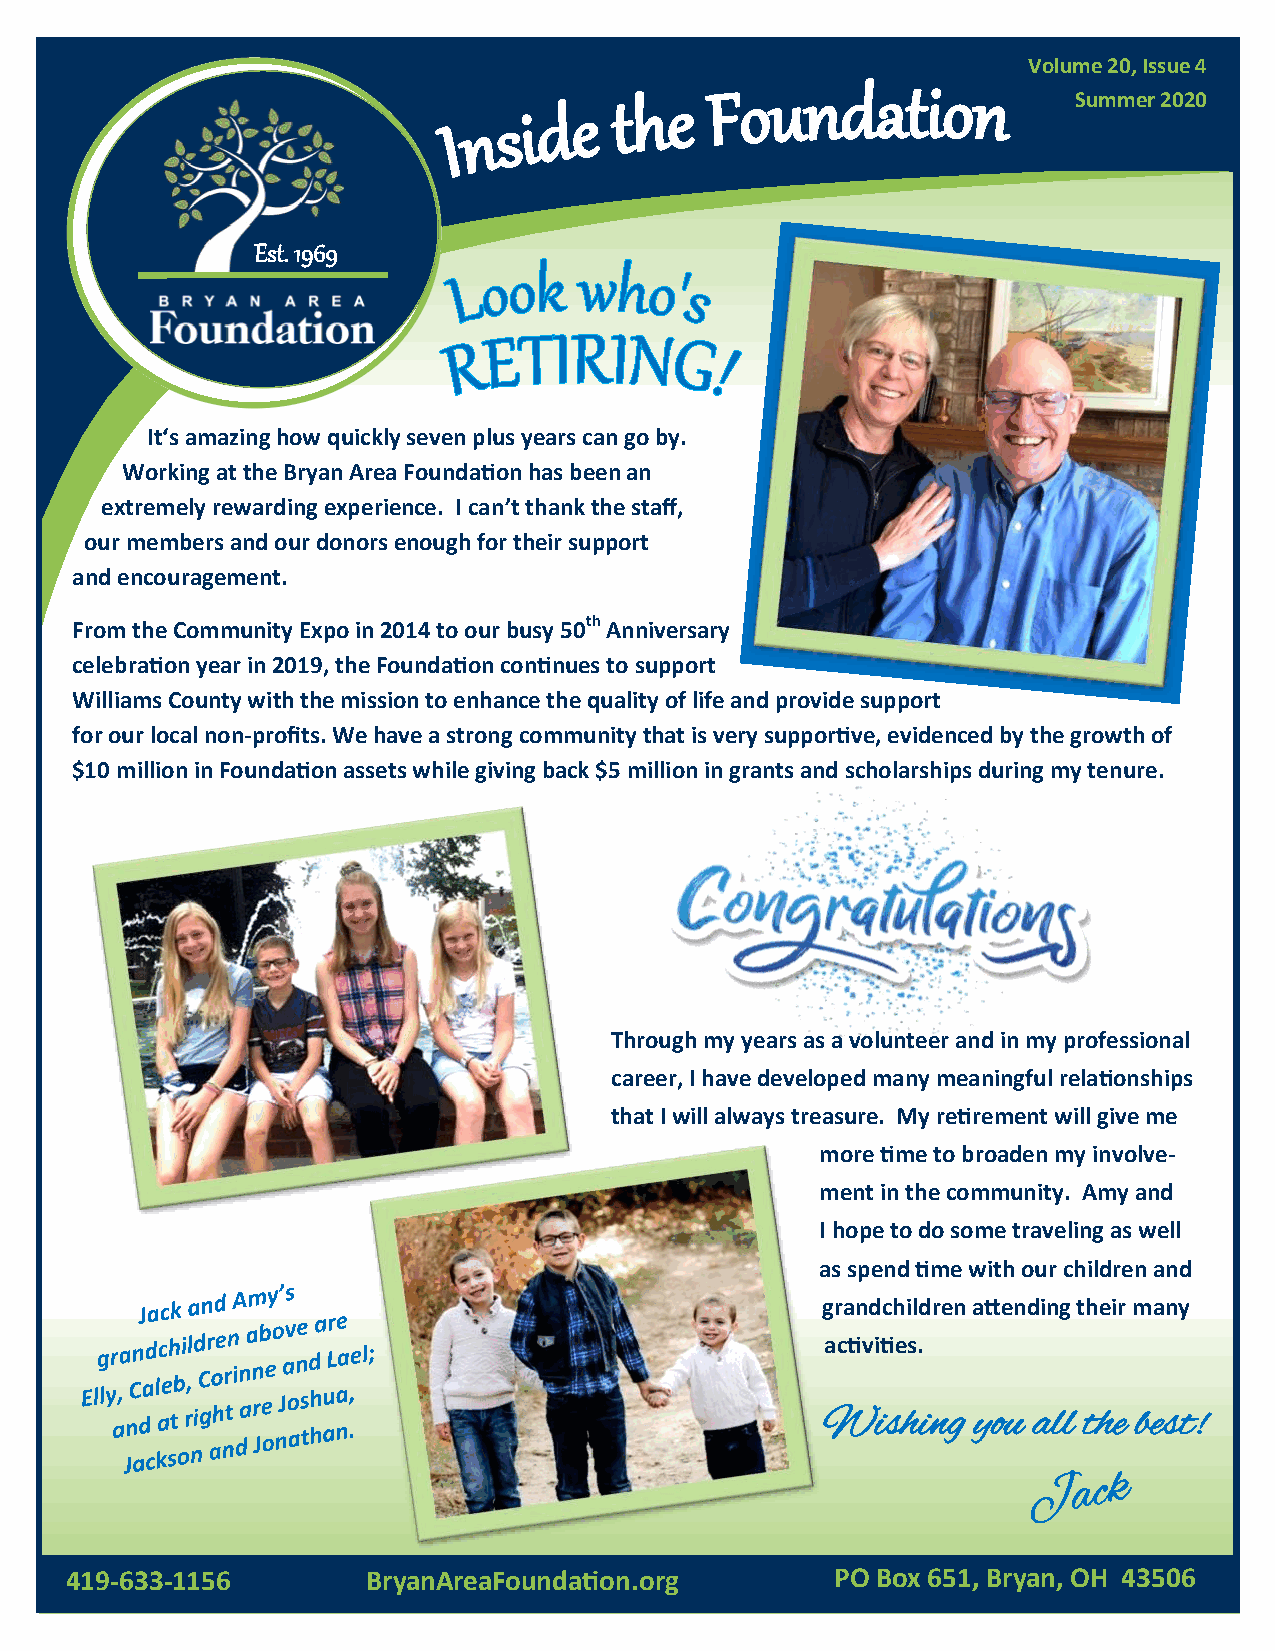
Volume 20, Issue 4
 Summer 2020
 Est. 1969
 It‘s amazing how quickly seven plus years can go by.
 Working at the Bryan Area Foundation has been an
 extremely rewarding experience. I can’t thank the staff,
 our members and our donors enough for their support
 and encouragement.
 From the Community Expo in 2014 to our busy 50th Anniversary
 celebration year in 2019, the Foundation continues to support
 Williams County with the mission to enhance the quality of life and provide support
 for our local non-profits. We have a strong community that is very supportive, evidenced by the growth of
 $10 million in Foundation assets while giving back $5 million in grants and scholarships during my tenure.
 Through my years as a volunteer and in my professional
 career, I have developed many meaningful relationships
 that I will always treasure. My retirement will give me
 more time to broaden my involve-
 ment in the community. Amy and
 I hope to do some traveling as well
 as spend time with our children and
 grandchildren attending their many
 activities.
 Wishing   you all the best!
 419-633-1156        BryanAreaFoundation.org        PO Box 651, Bryan, OH 43506